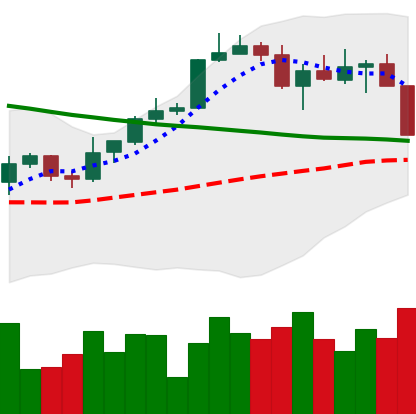
Ticker: BTC-USD
Chart end date: 2022-04-06
Forward return: -8.528%
Label: down_7plus